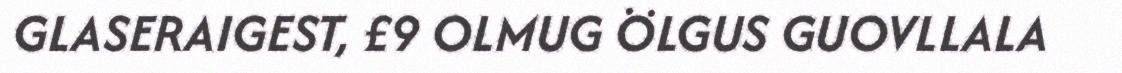
GLASERAIGEST, £9 OLMUG ÖLGUS GUOVLLALA